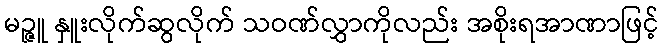
မဉ္ဇူ နှူးလိုက်ဆွလိုက် သဝဏ်လွှာကိုလည်း အစိုးရအာဏာဖြင့်